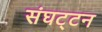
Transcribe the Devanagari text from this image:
संघट्‍टन